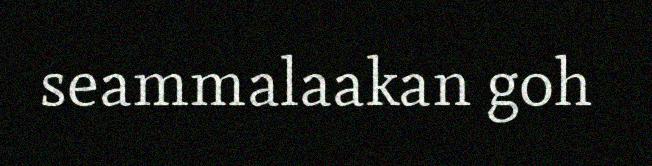
seammalaakan goh